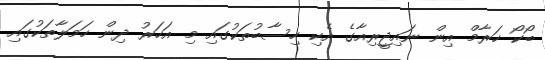
ބޯކޯ ހަރާމް އިން ނައިޖީރިއާގެ އެކި ހިސާބުތަކުގައި މި އަހަރު ދިން ހަމަލާތަކުގައި